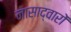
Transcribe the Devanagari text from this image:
नासाद्वारों